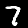
Label: 7